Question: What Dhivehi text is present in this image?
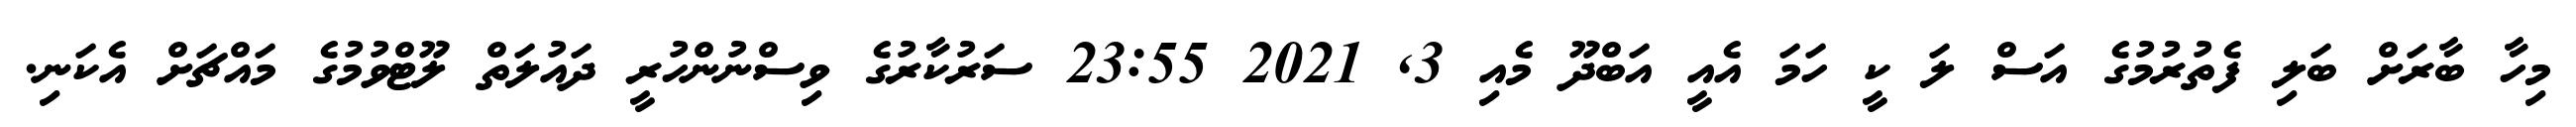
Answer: މިހާ ބާރަށް ބަލި ފެތުރުމުގެ އަސް ލަ ކީ ހަމަ އެއީ އަބްދޫ މެއި 3, 2021 23:55 ސަރުކާރުގެ ވިސްނުންހުރީ ދައުލަތް ލޫޓްވުމުގެ މައްޗަށް އެކަނި.